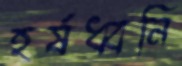
হর্ষধ্বনি